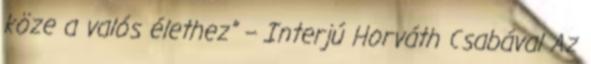
köze a valós élethez” – Interjú Horváth Csabával Az